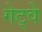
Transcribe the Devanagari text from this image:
गेट्वे